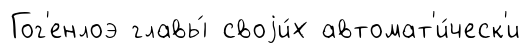
Гог'енлоэ главы́ своjи́х автомат'и́ческ'и